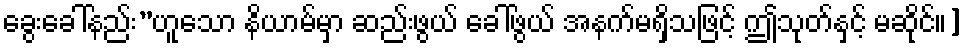
ခွေးခေါ်နည်း”ဟူသော နိယာမ်မှာ ဆည်းဖွယ် ခေါ်ဖွယ် အနက်မရှိသဖြင့် ဤသုတ်နှင့် မဆိုင်။]